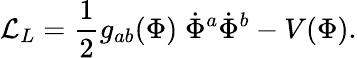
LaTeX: {\cal L}_{L}={\frac{1}{2}}g_{ab}(\Phi)\; \dot{\Phi}^{a}\dot{\Phi}^{b}-V(\Phi).